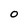
Character: O